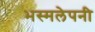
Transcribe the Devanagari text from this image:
भस्मलेपनी